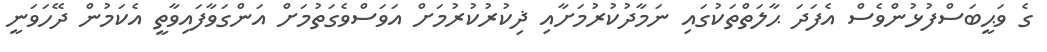
ގެ ވަޙީބަސްފުޅުންވެސް އެފަދަ ޙާލަތްތަކުގައި ނަމާދުކުރުމަށާއި ޛިކުރުކުރުމަށް އަވަސްވެގަތުމަށް އަންގަވާފައިވާތީ އެކަމުން ދޭހަވަނީ